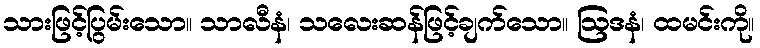
သားဖြင့်ပြွမ်းသော။ သာလီနံ၊ သလေးဆန်ဖြင့်ချက်သော။ ဩဒနံ၊ ထမင်းကို။